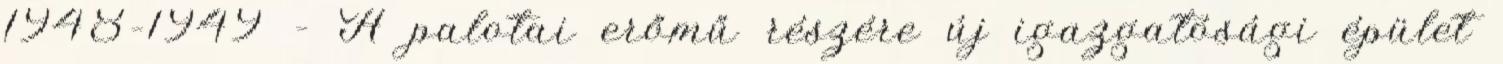
1948–1949 – A palotai erőmű részére új igazgatósági épület